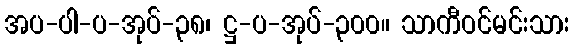
အပ-ပါ-ပ-အုပ်-၃၈၊ ဋ္ဌ-ပ-အုပ်-၃၀၀။ သာကီဝင်မင်းသား